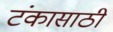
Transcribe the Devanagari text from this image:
टंकासाठी